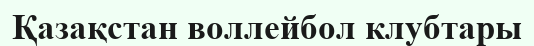
Қазақстан воллейбол клубтары